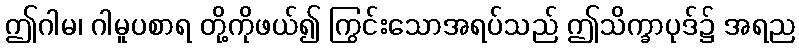
ဤဂါမ၊ ဂါမူပစာရ တို့ကိုဖယ်၍ ကြွင်းသောအရပ်သည် ဤသိက္ခာပုဒ်၌ အရည